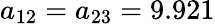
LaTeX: a_{12}=a_{23}=9.921